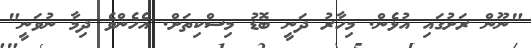
"ނޫން ރަށުގައި އުޅެން. މިހާރު ދަނީ ބޮޑު މިސްކިތަށް. އެހެންވެ ދިމާ ނުވަނީ"